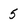
Character: 5